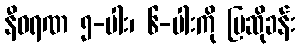
နီဝရဏ ၅-ပါး၊ ၆-ပါးကို ပြဆိုခန်း